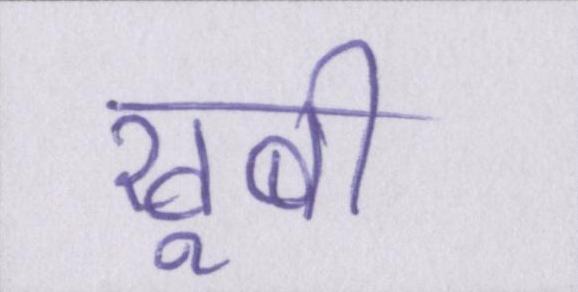
खूबी